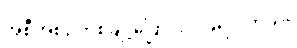
အစီအစဉ်တစ်ချို့ပြောင်းလဲခဲ့ရပါတယ်။